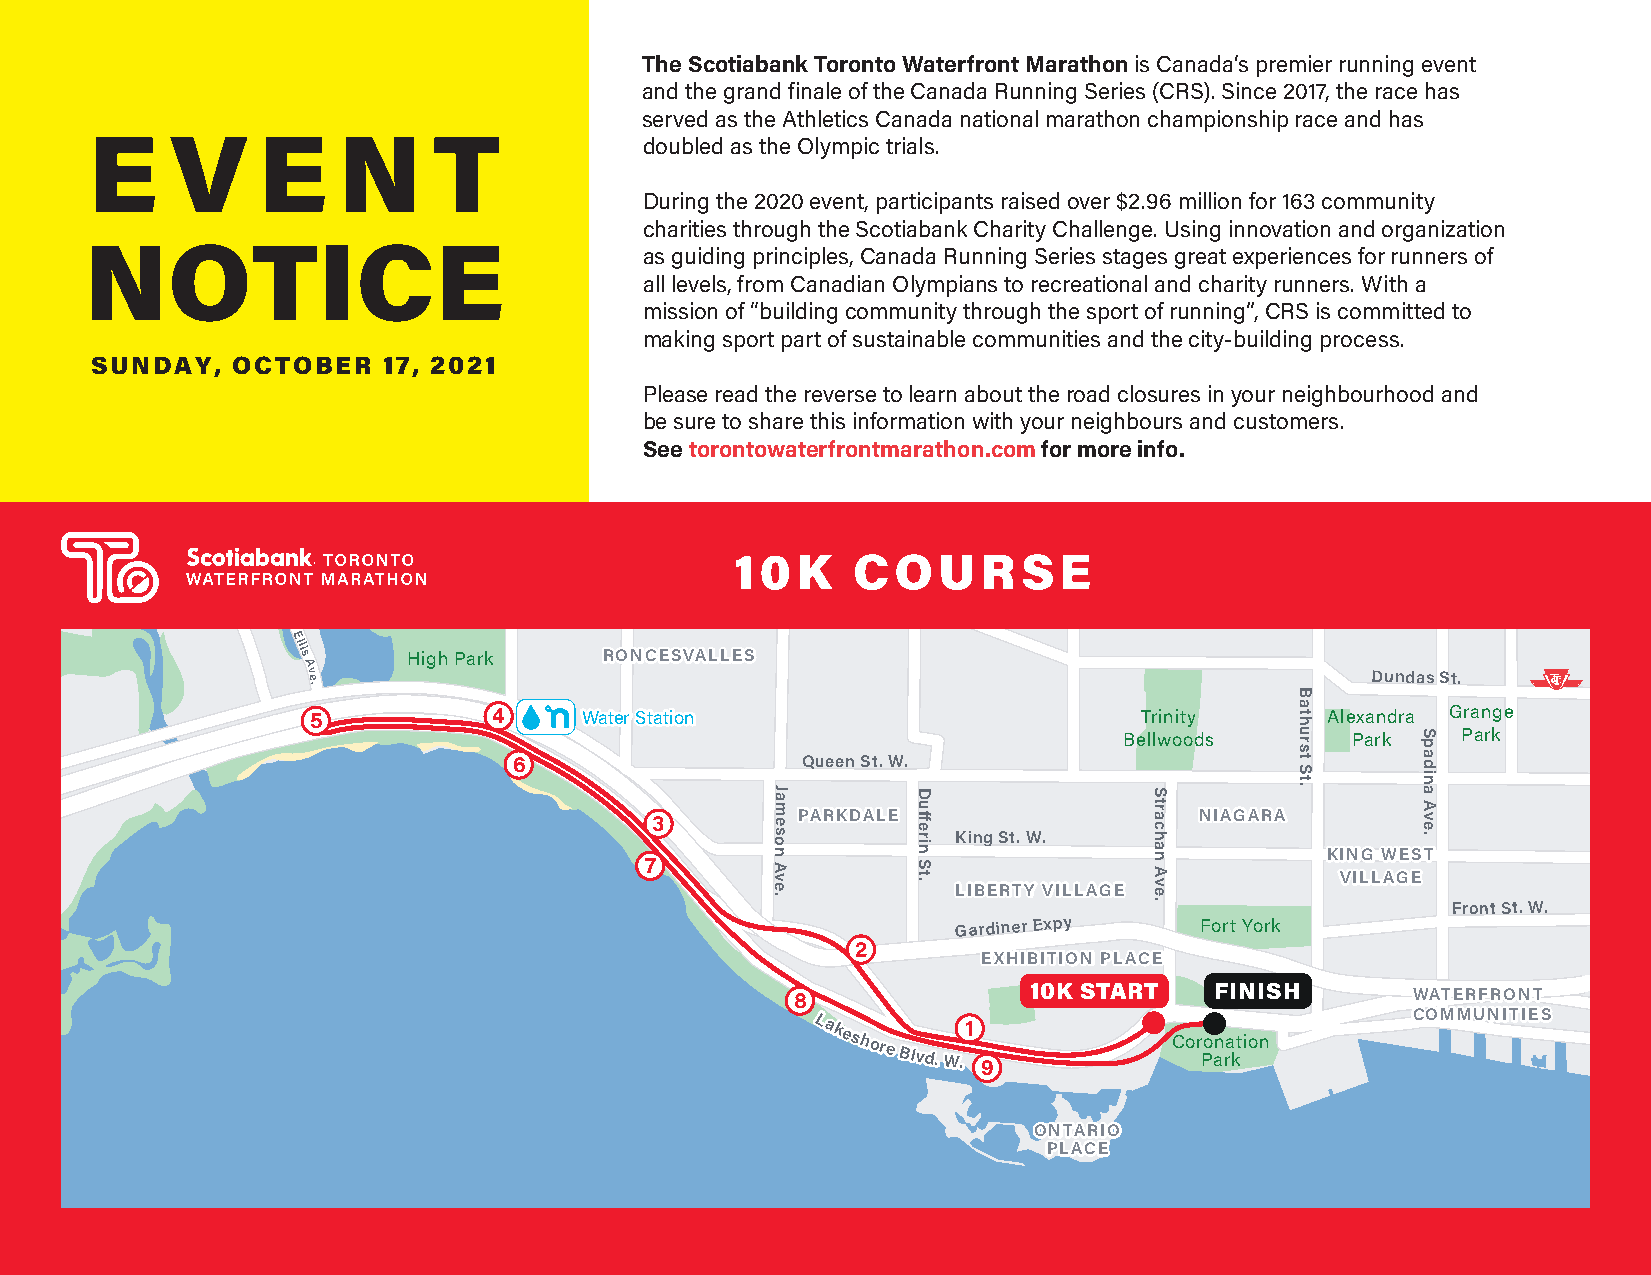
The Scotiabank Toronto Waterfront Marathon is Canada’s premier running event
 and the grand finale of the Canada Running Series (CRS). Since 2017, the race has
 served as the Athletics Canada national marathon championship race and has
 E    V     E    N      T             doubled as the Olympic trials.
 During the 2020 event, participants raised over $2.96 million for 163 community
 charities through the Scotiabank Charity Challenge. Using innovation and organization
 NOTICE
 as guiding principles, Canada Running Series stages great experiences for runners of
 all levels, from Canadian Olympians to recreational and charity runners. With a
 mission of “building community through the sport of running”, CRS is committed to
 making sport part of sustainable communities and the city-building process.
 SUNDAY,  OCTOBER   17, 2021
 Please read the reverse to learn about the road closures in your neighbourhood and
 be sure to share this information with your neighbours and customers.
 See torontowaterfrontmarathon.com for more info.
 10K    COURSE
 Ellis
 A
 High Park    RROONNCCEESSVVAALLLLEESS
 v e                                                                    Dundas St.
 .
 5            4    WWaatteerr SSttaattiioonn             Trinity     Alexandra Grange U n
 Bellwoods      Park    Park    iv
 e
 6                  Queen St. W.                                         r s it
 aJ                                                     y
 A m PPAARRKKDDAALLEE NNIIAAGGAARRAA v
 3       e                                                      e
 os          King St. W.                                .
 n                                    KKIINNGG WWEESSTT
 7       A v                                   VVIILLLLAAGGEE
 e           LLIIBBEERRTTYY VVIILLLLAAGGEE
 .
 Front St. W.
 Gardiner Expy   Fort York
 2
 EEXXHHIIBBIITTIIOONN PPLLAACCEE
 10K START   FINISH
 8                                       WWAATTEERRFFRROONNTT
 CCOOMMMMUUNNIITTIIEESS
 LLaakkeesshhoorree
 BBllvvdd..
 WW..1
 9
 Cor Po an ra ktion
 OONNTTAARRIIOO
 PPLLAACCEE
 Parkside
 Dr.
 Dufferin
 St.
 Strachan
 Ave.
 Bathurst
 St.
 Spadina
 Ave.